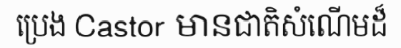
ប្រេង Castor មានជាតិសំណើមដ៏